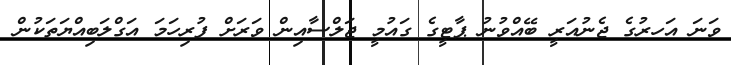
ވަނަ އަހރުގެ ޖެނުއަރީ ބޭއްވުނު ޕާޓީގެ ގައުމީ ޖަލްސާއިން ވަރަށް ފުރިހަމަ އަގްލަބިއްޔަތަކުން